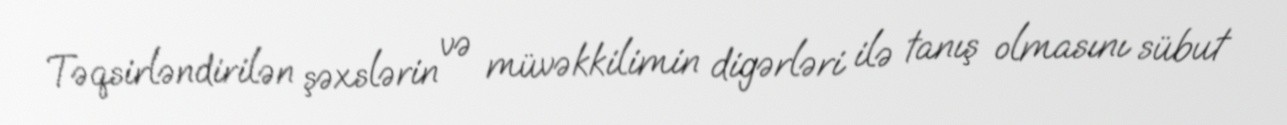
Təqsirləndirilən şəxslərin və müvəkkilimin digərləri ilə tanış olmasını sübut